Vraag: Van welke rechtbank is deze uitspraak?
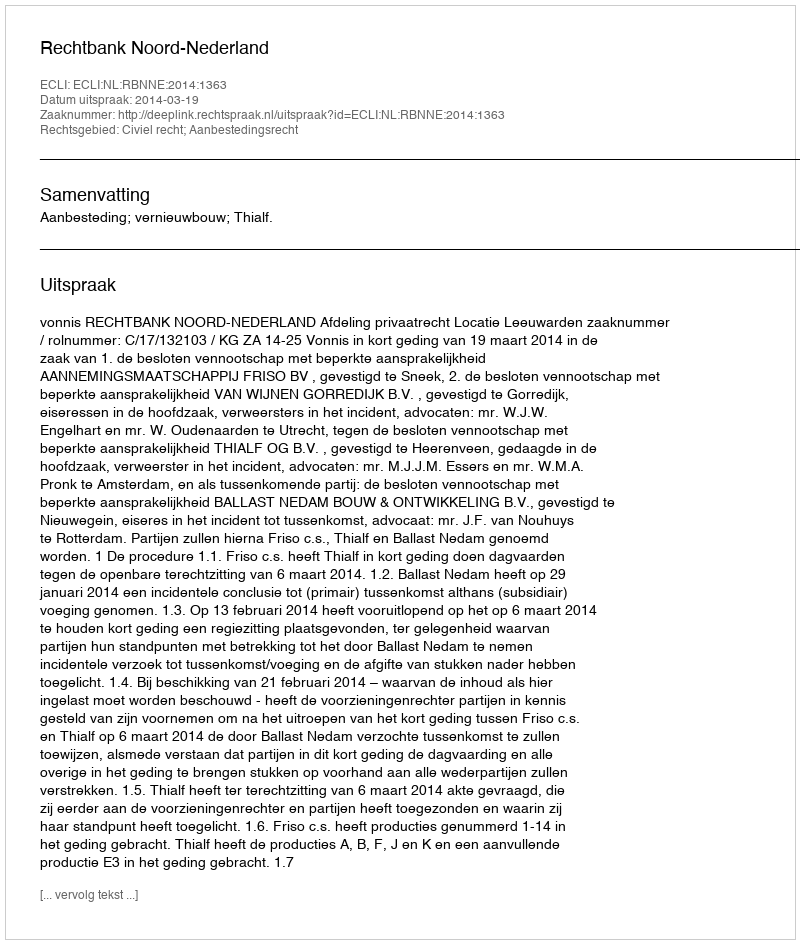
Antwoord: Rechtbank Noord-Nederland